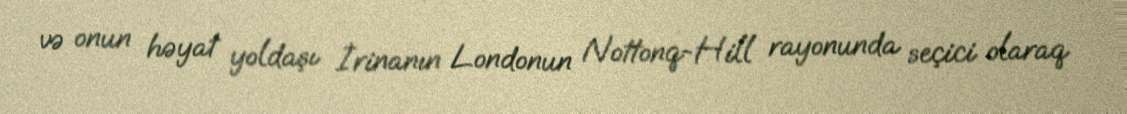
və onun həyat yoldaşı İrinanın Londonun Nottonq-Hill rayonunda seçici olaraq